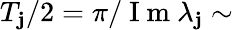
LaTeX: T_{\mathbf{j}}/2=\pi/\mathrm{{~I~m~}}\lambda_{\mathbf{j}}\sim